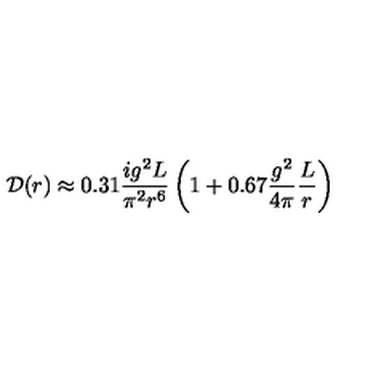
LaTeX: { \cal D } ( r ) \approx 0 . 3 1 \frac { i g ^ { 2 } L } { \pi ^ { 2 } r ^ { 6 } } \left( 1 + 0 . 6 7 \frac { g ^ { 2 } } { 4 \pi } \frac { L } { r } \right)